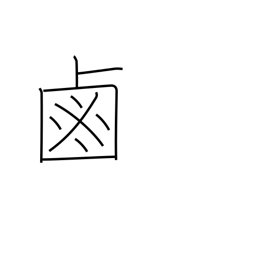
Meaning: salt